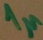
Text: 1µ